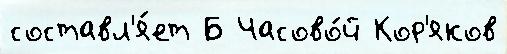
составл'я́ет Б Часово́й Кор'яков